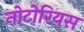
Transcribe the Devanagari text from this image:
नोटोरियस